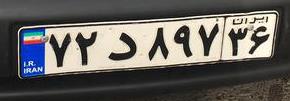
۷۲$۸۹۷۳۶